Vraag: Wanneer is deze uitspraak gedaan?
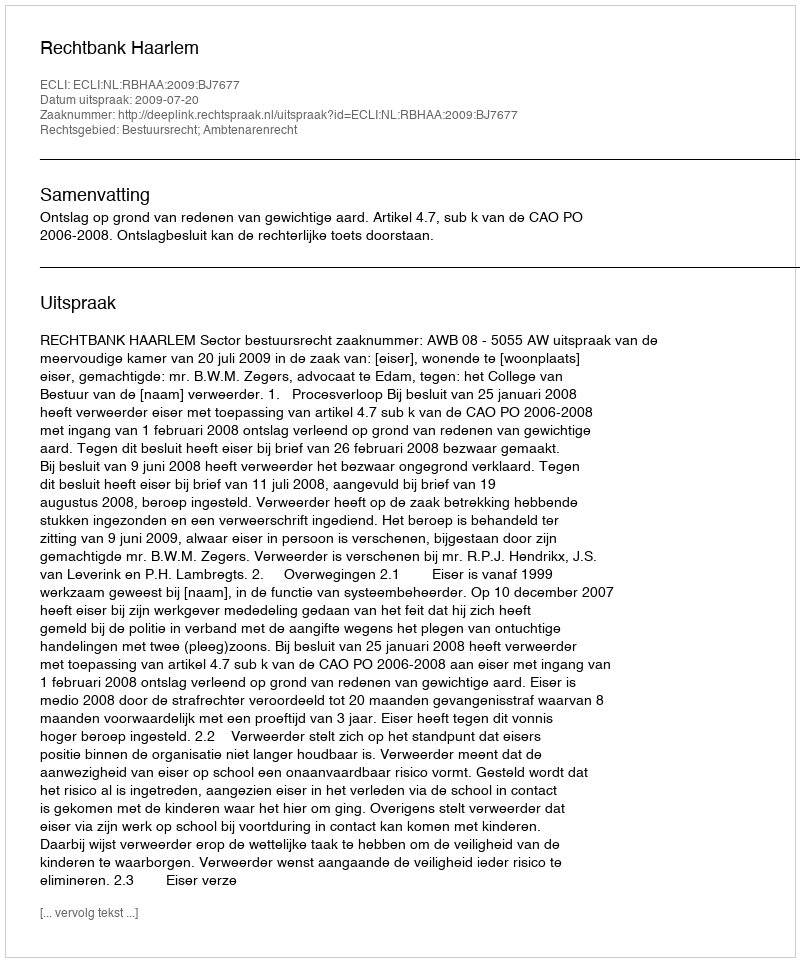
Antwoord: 2009-07-20